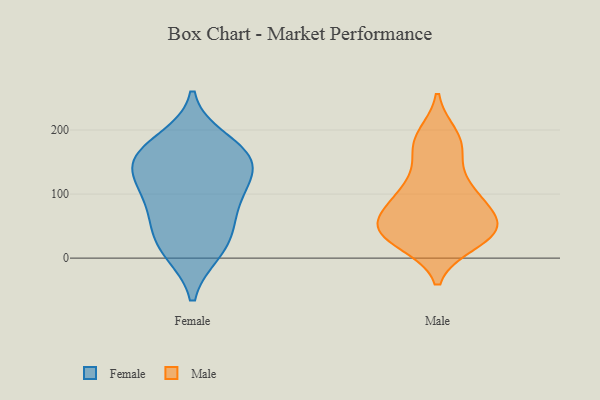
{"axis": {"x": "Market Share (%)", "y": "Value"}, "legend": ["Female", "Male"], "data": [{"x": "", "y": 44, "type": "Female"}, {"x": "", "y": 82, "type": "Female"}, {"x": "", "y": 106, "type": "Female"}, {"x": "", "y": 184, "type": "Female"}, {"x": "", "y": 158, "type": "Female"}, {"x": "", "y": 11, "type": "Female"}, {"x": "", "y": 140, "type": "Female"}, {"x": "", "y": 138, "type": "Female"}, {"x": "", "y": 10, "type": "Female"}, {"x": "", "y": 105, "type": "Female"}, {"x": "", "y": 50, "type": "Female"}, {"x": "", "y": 167, "type": "Female"}, {"x": "", "y": 158, "type": "Female"}, {"x": "", "y": 103, "type": "Male"}, {"x": "", "y": 98, "type": "Male"}, {"x": "", "y": 46, "type": "Male"}, {"x": "", "y": 180, "type": "Male"}, {"x": "", "y": 192, "type": "Male"}, {"x": "", "y": 25, "type": "Male"}, {"x": "", "y": 23, "type": "Male"}, {"x": "", "y": 62, "type": "Male"}, {"x": "", "y": 158, "type": "Male"}, {"x": "", "y": 50, "type": "Male"}, {"x": "", "y": 103, "type": "Male"}, {"x": "", "y": 51, "type": "Male"}, {"x": "", "y": 49, "type": "Male"}]}